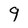
Character: 9